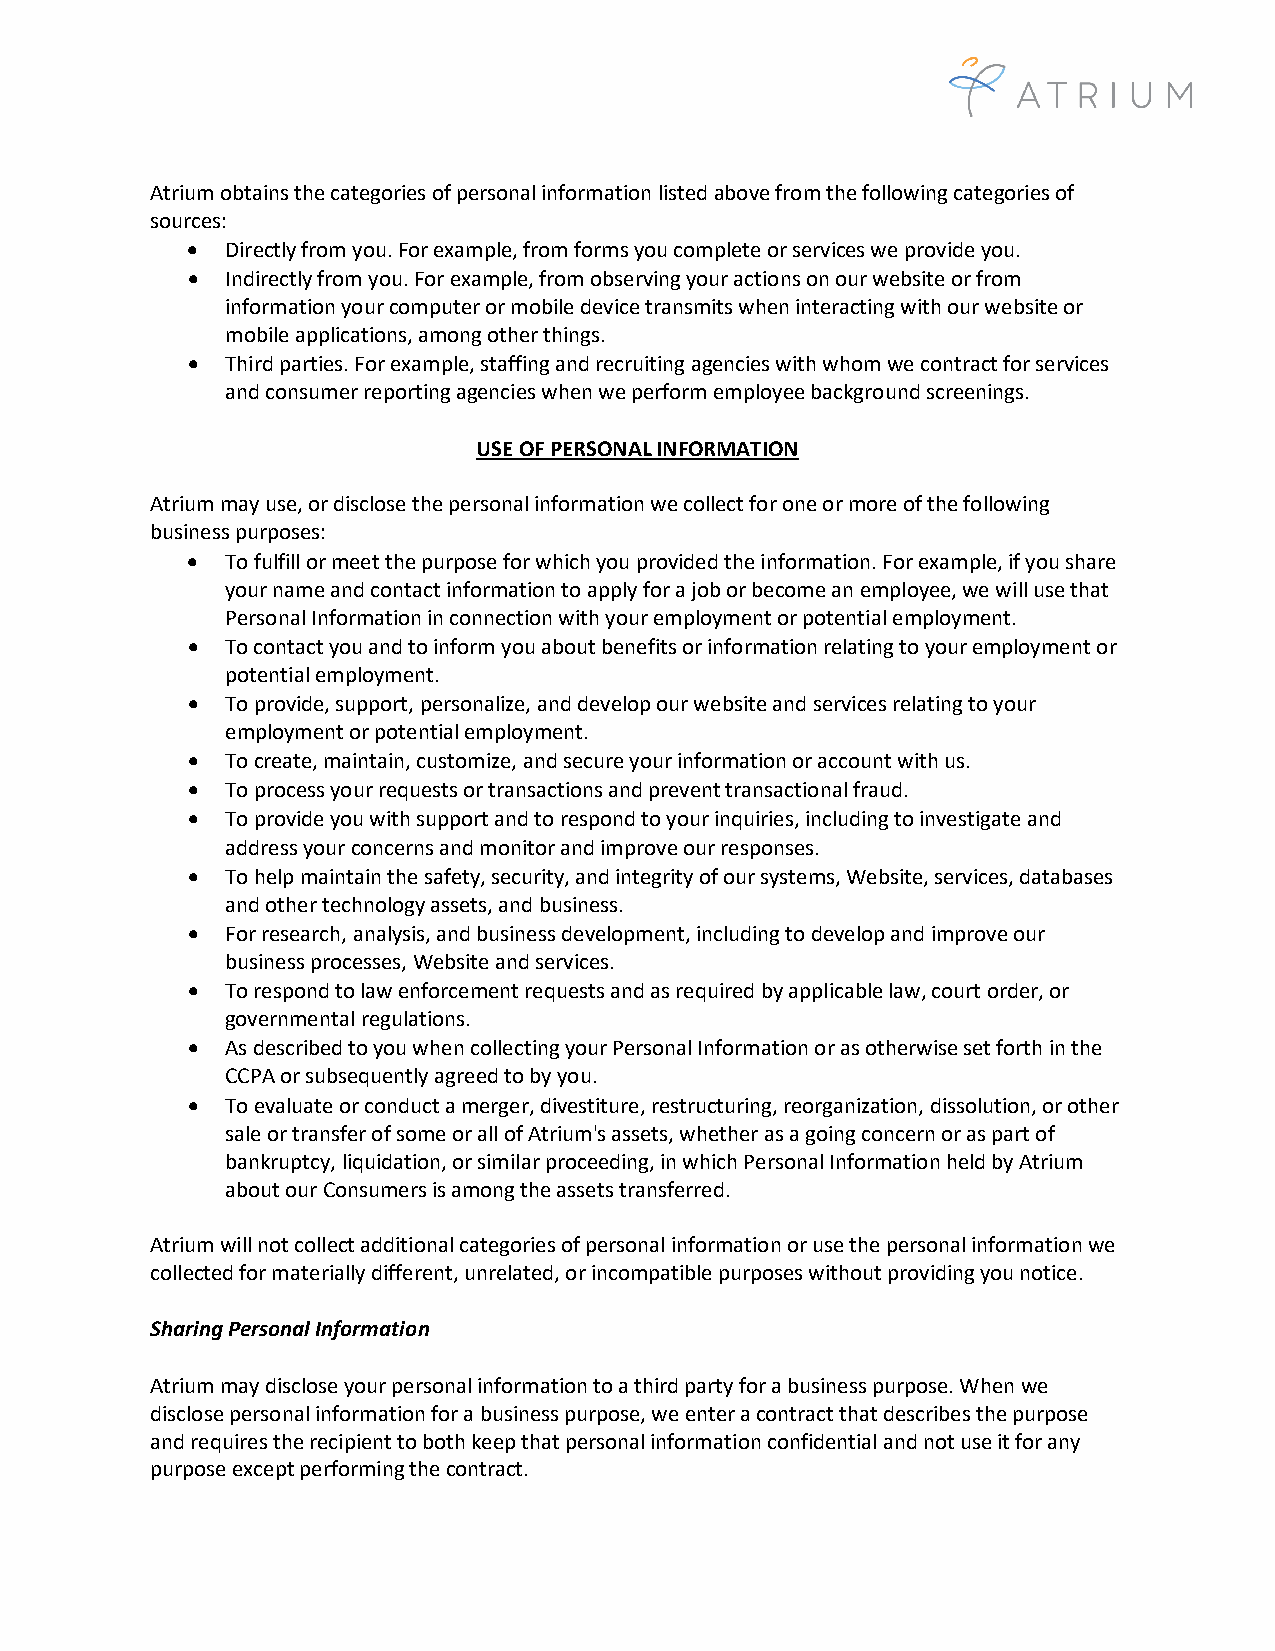
Atrium obtains the categories of personal information listed above from the following categories of
 sources:
 •  Directly from you. For example, from forms you complete or services we provide you.
 •  Indirectly from you. For example, from observing your actions on our website or from
 information your computer or mobile device transmits when interacting with our website or
 mobile applications, among other things.
 •  Third parties. For example, staffing and recruiting agencies with whom we contract for services
 and consumer reporting agencies when we perform employee background screenings.
 USE OF PERSONAL INFORMATION
 Atrium may use, or disclose the personal information we collect for one or more of the following
 business purposes:
 •  To fulfill or meet the purpose for which you provided the information. For example, if you share
 your name and contact information to apply for a job or become an employee, we will use that
 Personal Information in connection with your employment or potential employment.
 •  To contact you and to inform you about benefits or information relating to your employment or
 potential employment.
 •  To provide, support, personalize, and develop our website and services relating to your
 employment or potential employment.
 •  To create, maintain, customize, and secure your information or account with us.
 •  To process your requests or transactions and prevent transactional fraud.
 •  To provide you with support and to respond to your inquiries, including to investigate and
 address your concerns and monitor and improve our responses.
 •  To help maintain the safety, security, and integrity of our systems, Website, services, databases
 and other technology assets, and business.
 •  For research, analysis, and business development, including to develop and improve our
 business processes, Website and services.
 •  To respond to law enforcement requests and as required by applicable law, court order, or
 governmental regulations.
 •  As described to you when collecting your Personal Information or as otherwise set forth in the
 CCPA or subsequently agreed to by you.
 •  To evaluate or conduct a merger, divestiture, restructuring, reorganization, dissolution, or other
 sale or transfer of some or all of Atrium's assets, whether as a going concern or as part of
 bankruptcy, liquidation, or similar proceeding, in which Personal Information held by Atrium
 about our Consumers is among the assets transferred.
 Atrium will not collect additional categories of personal information or use the personal information we
 collected for materially different, unrelated, or incompatible purposes without providing you notice.
 Sharing Personal Information
 Atrium may disclose your personal information to a third party for a business purpose. When we
 disclose personal information for a business purpose, we enter a contract that describes the purpose
 and requires the recipient to both keep that personal information confidential and not use it for any
 purpose except performing the contract.